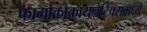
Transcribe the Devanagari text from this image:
फार्माकोकायनेटिक्समध्ये